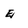
Character: E